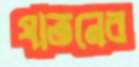
যাতনের